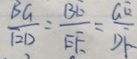
\frac { b G } { B D } = \frac { B E } { E F } = \frac { G E } { D F }